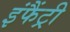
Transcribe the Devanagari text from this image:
इंफैंट्री